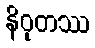
နိဝုတဿ